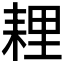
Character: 𦓵